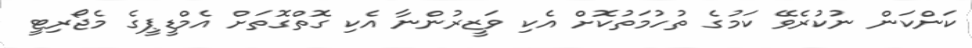
ކަންކަން ނުކުރެވޭ ކަމުގެ ތުހުމަތުކޮށް އެކި ވަޒީރުންނާ އެކި ގޮތްގޮތަށް އެމްޑީޕީގެ މެޖޯރިޓީ